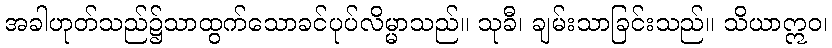
အခါဟုတ်သည်၌သာထွက်သောခင်ပုပ်လိမ္မာသည်။ သုခီ၊ ချမ်းသာခြင်းသည်။ သိယာဣဝ၊